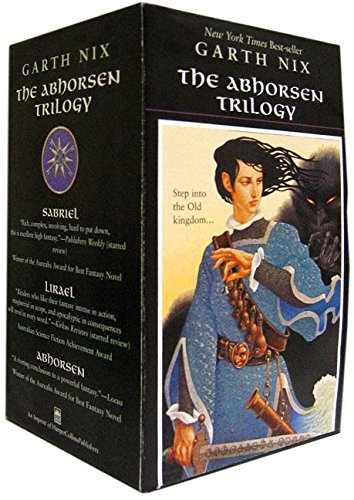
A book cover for The Abhorsen Trilogy Box Set; Garth Nix; Teen & Young Adult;